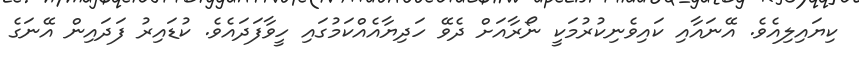
ކިޔައިލިއެވެ. އޭނައާއި ކައިވެނިކުރުމަކީ ނޯރާއަށް ދެވޭ ހަދިޔާއެއްކަމުގައި ހީވާފަދައެވެ. ކުޑައިރު ފަދައިން އޭނަގެ